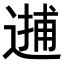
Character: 𨕝